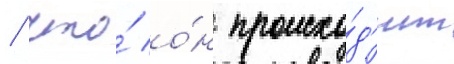
/ что́ о́н происхо́д'ит